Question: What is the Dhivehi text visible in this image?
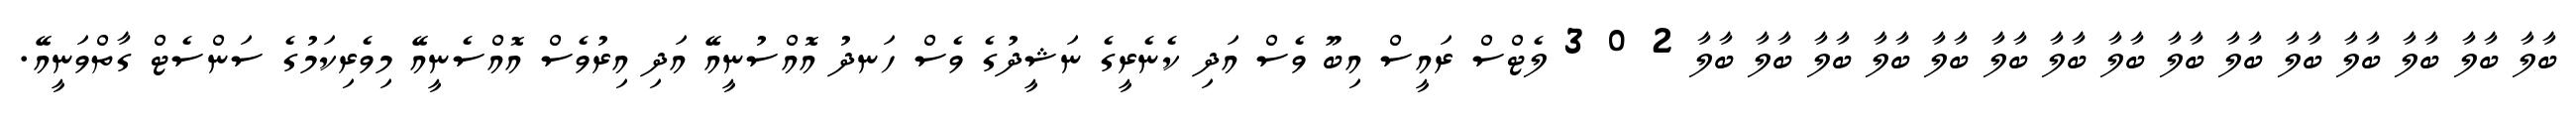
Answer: ބާލާ ބާލާ ބާލާ ބާލާ ބާލާ ބާލާ ބާލާ ބާލާ ބާލާ ބާލާ ބާލާ ބާލާ ބާލާ ބާލާ ބާލާ 2 0 3 ލެޓްސް ރައީސް އިބޫ ވެސް އަދި ކެނެރީގެ ނަޝީދުގެ ވެސް ހަނދު އޮއްސުނީއޭ އަދި އިރުވެސް އޮއްސެނީއޭ މިވެރިކަމުގެ ސަންސެޓް ގާތްވަނީއޭ.